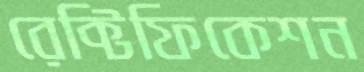
রেক্টিফিকেশন